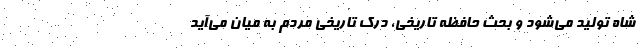
شاه تولید می‌شود و بحث حافظه تاریخی، درک تاریخی مردم به میان می‌آید